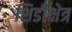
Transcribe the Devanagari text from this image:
शिर्डीक्षेत्र